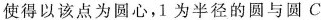
使得以该点为圆心，1为半径的圆与圆C